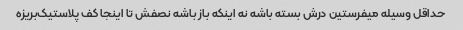
حداقل وسیله میفرستین درش بسته باشه نه اینکه باز باشه نصفش تا اینجا کف پلاستیک‌بریزه